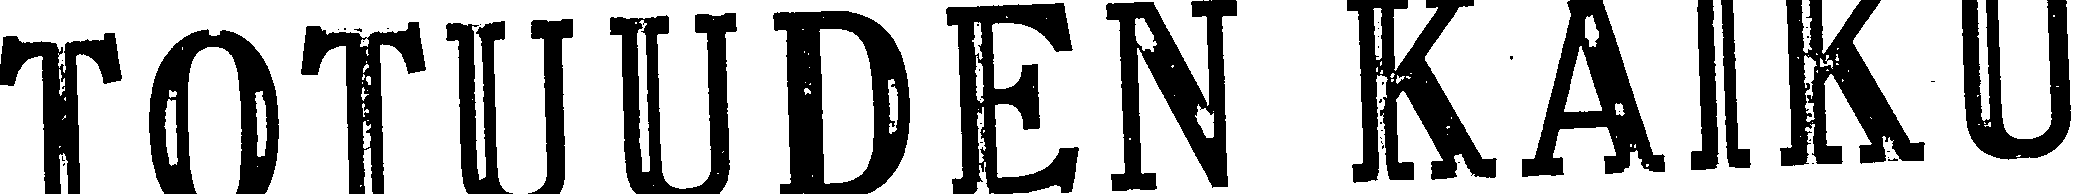
TOTUUDEN KAIKU